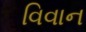
વિવાન